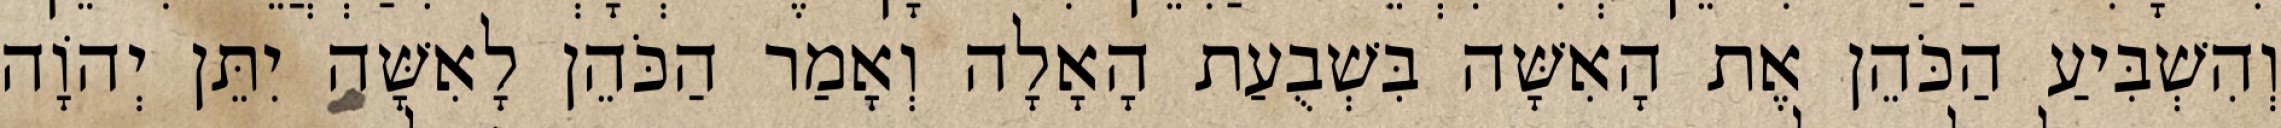
וְהִשְׁבִּיעַ הַכֹּהֵן אֶת הָאִשָּׁה בִּשְׁבֻעַת הָאָלָה וְאָמַר הַכֹּהֵן לָאִשָּׁה יִתֵּן יְהוָֹה